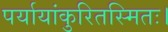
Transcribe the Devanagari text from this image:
पर्यायांकुरितस्मितः।